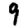
Digit: 9